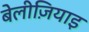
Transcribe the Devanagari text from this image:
बेलीज़ियाइ